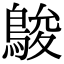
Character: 鵔